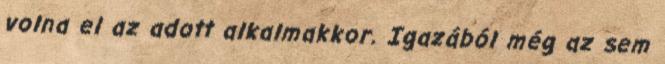
volna el az adott alkalmakkor. Igazából még az sem